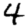
Digit: 4